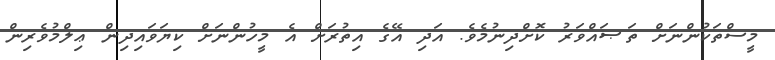
މީސްތަކުންނަށް ތަޞައްވަރު ކޮށްދިނުމެވެ. އަދި އޭގެ އިތުރަށް އެ މީހުންނަށް ކިޔަވައިދިން ޢިލްމުވެރިން